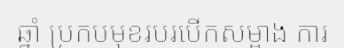
ឆ្នាំ ប្រកបមុខរបរបើកសម្អាង ការ